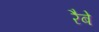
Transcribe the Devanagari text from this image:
रैबे